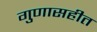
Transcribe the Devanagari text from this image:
गुणासहीत